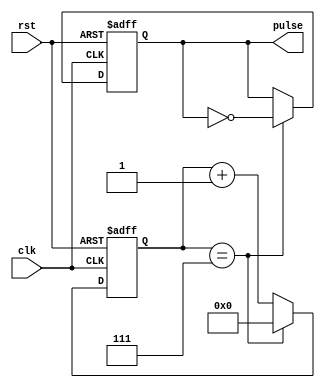
module sync_pulse_generator(
    input wire clk,
    input wire rst,
    output reg pulse
);

reg [15:0] counter;
reg pulse_reg;

always @(posedge clk or posedge rst)
begin
    if (rst)
    begin
        counter <= 16'b0;
        pulse_reg <= 1'b0;
    end
    else
    begin
        if (counter == 16'd7) // Set pulse width to 8 clock cycles
        begin
            counter <= 16'b0;
            pulse_reg <= ~pulse_reg;
        end
        else
        begin
            counter <= counter + 1;
        end
    end
end

assign pulse = pulse_reg;

endmodule